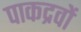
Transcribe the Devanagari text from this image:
पाकद्रवों